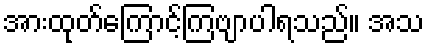
အားထုတ်ကြောင့်ကြဗျာပါရသည်။ အသ